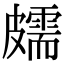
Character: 𥀭